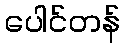
ပေါင်တန်